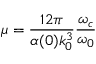
\mu = \frac { 1 2 \pi } { \alpha ( 0 ) k _ { 0 } ^ { 3 } } \frac { \omega _ { c } } { \omega _ { 0 } }